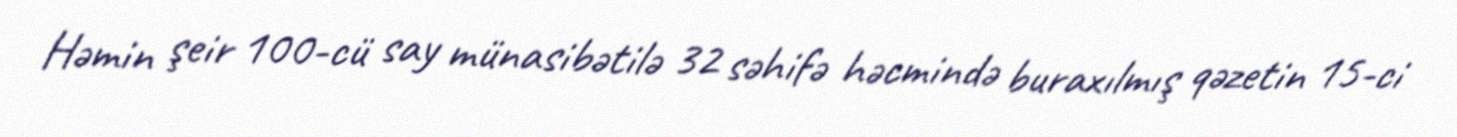
Həmin şeir 100-cü say münasibətilə 32 səhifə həcmində buraxılmış qəzetin 15-ci